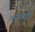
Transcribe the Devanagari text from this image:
आशापर्व